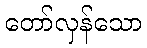
တော်လှန်သော